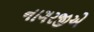
નાગરજીએ